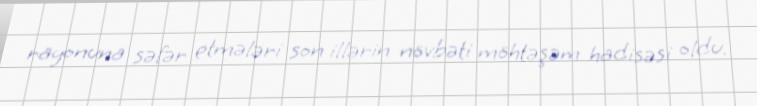
rayonuna səfər etmələri son illərin növbəti möhtəşəm hadisəsi oldu.